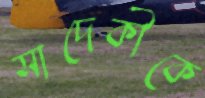
সাদেকীকে